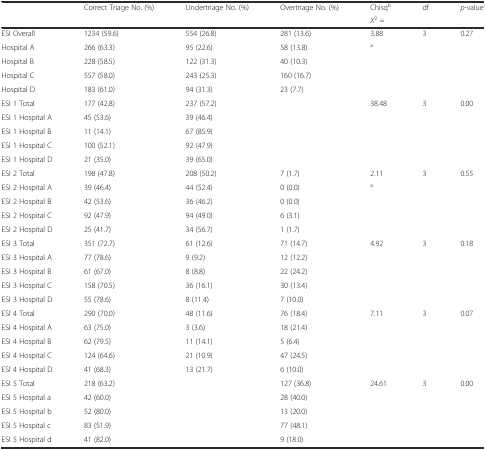
<table><thead><tr><td rowspan="2"></td><td rowspan="2"><b>Correct Triage No. (%)</b></td><td rowspan="2"><b>Undertriage No. (%)</b></td><td rowspan="2"><b>Overtriage No. (%)</b></td><td><b>Chisq<sup>b</sup></b></td><td rowspan="2"><b>df</b></td><td rowspan="2"><b><i>p</i>-value</b></td></tr><tr><td><b><i>X</i><sup>2</sup> =</b></td></tr></thead><tbody><tr><td>ESI Overall</td><td>1234 (59.6)</td><td>554 (26.8)</td><td>281 (13.6)</td><td>3.88</td><td>3</td><td>0.27</td></tr><tr><td>Hospital A</td><td>266 (63.3)</td><td>95 (22.6)</td><td>58 (13.8)</td><td><sup>a</sup></td><td></td><td></td></tr><tr><td>Hospital B</td><td>228 (58.5)</td><td>122 (31.3)</td><td>40 (10.3)</td><td></td><td></td><td></td></tr><tr><td>Hospital C</td><td>557 (58.0)</td><td>243 (25.3)</td><td>160 (16.7)</td><td></td><td></td><td></td></tr><tr><td>Hospital D</td><td>183 (61.0)</td><td>94 (31.3)</td><td>23 (7.7)</td><td></td><td></td><td></td></tr><tr><td>ESI 1 Total</td><td>177 (42.8)</td><td>237 (57.2)</td><td></td><td>38.48</td><td>3</td><td>0.00</td></tr><tr><td>ESI 1 Hospital A</td><td>45 (53.6)</td><td>39 (46.4)</td><td></td><td></td><td></td><td></td></tr><tr><td>ESI 1 Hospital B</td><td>11 (14.1)</td><td>67 (85.9)</td><td></td><td></td><td></td><td></td></tr><tr><td>ESI 1 Hospital C</td><td>100 (52.1)</td><td>92 (47.9)</td><td></td><td></td><td></td><td></td></tr><tr><td>ESI 1 Hospital D</td><td>21 (35.0)</td><td>39 (65.0)</td><td></td><td></td><td></td><td></td></tr><tr><td>ESI 2 Total</td><td>198 (47.8)</td><td>208 (50.2)</td><td>7 (1.7)</td><td>2.11</td><td>3</td><td>0.55</td></tr><tr><td>ESI 2 Hospital A</td><td>39 (46.4)</td><td>44 (52.4)</td><td>0 (0.0)</td><td><sup>a</sup></td><td></td><td></td></tr><tr><td>ESI 2 Hospital B</td><td>42 (53.6)</td><td>36 (46.2)</td><td>0 (0.0)</td><td></td><td></td><td></td></tr><tr><td>ESI 2 Hospital C</td><td>92 (47.9)</td><td>94 (49.0)</td><td>6 (3.1)</td><td></td><td></td><td></td></tr><tr><td>ESI 2 Hospital D</td><td>25 (41.7)</td><td>34 (56.7)</td><td>1 (1.7)</td><td></td><td></td><td></td></tr><tr><td>ESI 3 Total</td><td>351 (72.7)</td><td>61 (12.6)</td><td>71 (14.7)</td><td>4.92</td><td>3</td><td>0.18</td></tr><tr><td>ESI 3 Hospital A</td><td>77 (78.6)</td><td>9 (9.2)</td><td>12 (12.2)</td><td></td><td></td><td></td></tr><tr><td>ESI 3 Hospital B</td><td>61 (67.0)</td><td>8 (8.8)</td><td>22 (24.2)</td><td></td><td></td><td></td></tr><tr><td>ESI 3 Hospital C</td><td>158 (70.5)</td><td>36 (16.1)</td><td>30 (13.4)</td><td></td><td></td><td></td></tr><tr><td>ESI 3 Hospital D</td><td>55 (78.6)</td><td>8 (11.4)</td><td>7 (10.0)</td><td></td><td></td><td></td></tr><tr><td>ESI 4 Total</td><td>290 (70.0)</td><td>48 (11.6)</td><td>76 (18.4)</td><td>7.11</td><td>3</td><td>0.07</td></tr><tr><td>ESI 4 Hospital A</td><td>63 (75.0)</td><td>3 (3.6)</td><td>18 (21.4)</td><td></td><td></td><td></td></tr><tr><td>ESI 4 Hospital B</td><td>62 (79.5)</td><td>11 (14.1)</td><td>5 (6.4)</td><td></td><td></td><td></td></tr><tr><td>ESI 4 Hospital C</td><td>124 (64.6)</td><td>21 (10.9)</td><td>47 (24.5)</td><td></td><td></td><td></td></tr><tr><td>ESI 4 Hospital D</td><td>41 (68.3)</td><td>13 (21.7)</td><td>6 (10.0)</td><td></td><td></td><td></td></tr><tr><td>ESI 5 Total</td><td>218 (63.2)</td><td></td><td>127 (36.8)</td><td>24.61</td><td>3</td><td>0.00</td></tr><tr><td>ESI 5 Hospital a</td><td>42 (60.0)</td><td></td><td>28 (40.0)</td><td></td><td></td><td></td></tr><tr><td>ESI 5 Hospital b</td><td>52 (80.0)</td><td></td><td>13 (20.0)</td><td></td><td></td><td></td></tr><tr><td>ESI 5 Hospital c</td><td>83 (51.9)</td><td></td><td>77 (48.1)</td><td></td><td></td><td></td></tr><tr><td>ESI 5 Hospital d</td><td>41 (82.0)</td><td></td><td>9 (18.0)</td><td></td><td></td><td></td></tr></tbody></table>